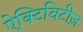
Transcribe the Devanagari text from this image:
ऐक्टिविटीज़